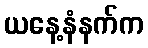
ယနေ့နံနက်က